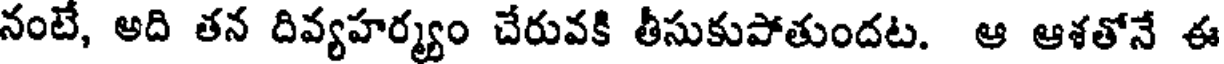
నంటే, అది తన దివ్యహర్మ్యం చేరువకి తీసుకుపోతుందట. ఆ ఆశతోనే ఈ